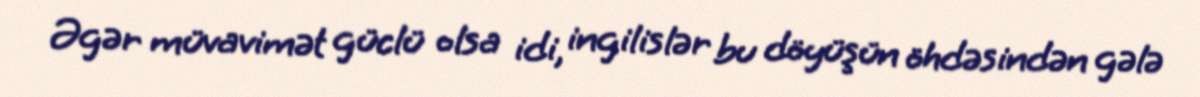
Əgər müvavimət güclü olsa idi, ingilislər bu döyüşün öhdəsindən gələ